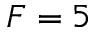
F = 5